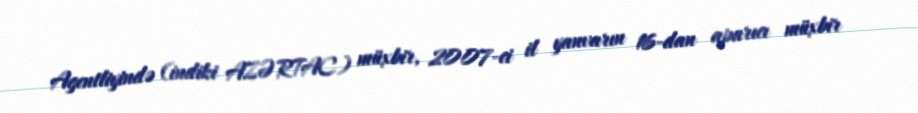
Agentliyində (indiki AZƏRTAC) müxbir, 2007-ci il yanvarın 16-dan aparıcı müxbir